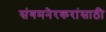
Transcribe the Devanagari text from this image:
संगमनेरकरांसाठी